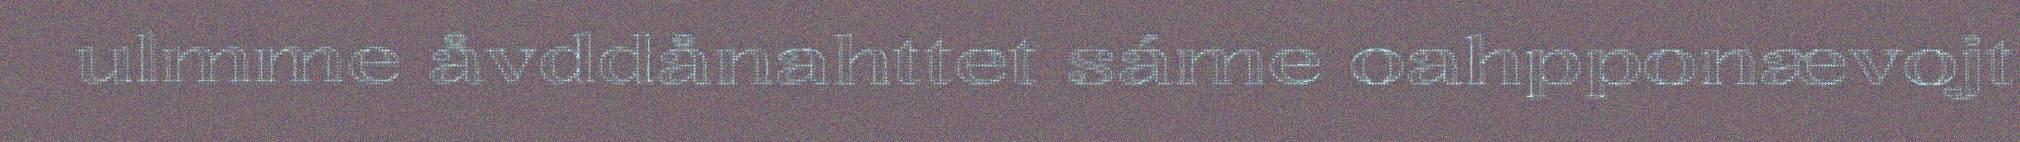
ulmme åvddånahttet sáme oahpponævojt